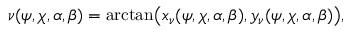
\nu ( \psi , \chi , \alpha , \beta ) = \arctan \! \big ( x _ { \nu } ( \psi , \chi , \alpha , \beta ) , y _ { \nu } ( \psi , \chi , \alpha , \beta ) \big ) ,